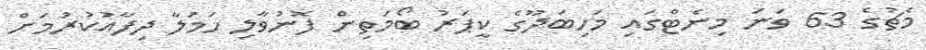
މެޗުގެ 63 ވަނަ މިނެޓްގައި މަހިބަދޫގެ ކީޕަރު ބޯމަތިން ފޮނުވާލި ހަމަލާ ދިފާއުކުރުމަށް